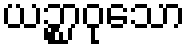
ယဉ္စာဝုသော